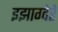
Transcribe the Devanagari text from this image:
इझाग्वेरे